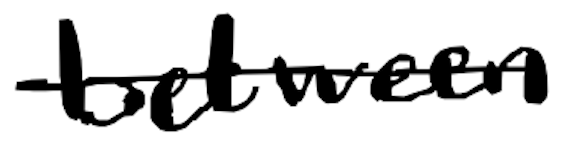
Text: between
Cross-out: single-line
Writing tool: digital_black